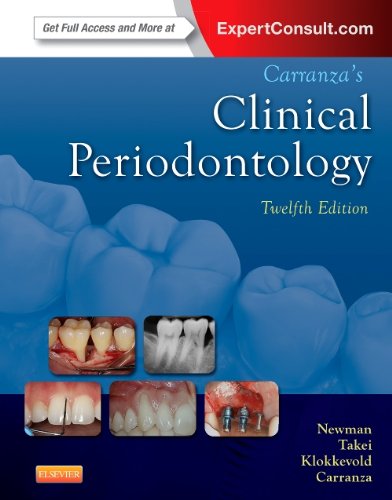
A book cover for Carranza's Clinical Periodontology, 12e (Expert Consult Title: Online + Print); Michael G. Newman DDS; Medical Books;